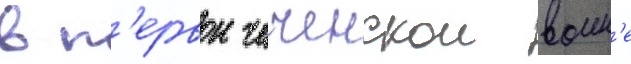
в п'ервои чеченскои воин'е